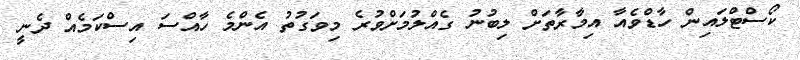
ކޯސްޓްލައިން ހާޑްވެއާ އިމާރާތަށް ލިބުނު ގެއްލުމަށްވުރެ މިވަގުތު އެންމެ ހާއްސަ އިސްކަމެއް ދެނީ